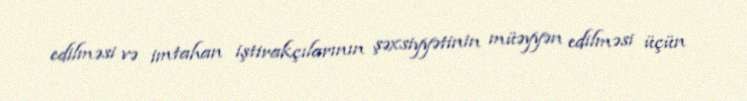
edilməsi və imtahan iştirakçılarının şəxsiyyətinin müəyyən edilməsi üçün